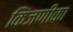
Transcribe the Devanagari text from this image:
किंजणीका